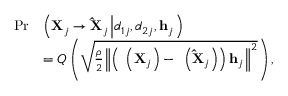
\begin{array} { r l } { \operatorname* { P r } } & { \left( { { { \bf { X } } _ { j } } \to { { { \bf { \hat { X } } } } _ { j } } \left| { { d _ { 1 j } } , { d _ { 2 j } } , { { \bf { h } } _ { j } } } \right. } \right) } \\ & { = Q \left( { \sqrt { \frac { \rho } { 2 } { { \left\| { \left( { { \bf { \Phi } } \left( { { { \bf { X } } _ { j } } } \right) - { \bf { \Phi } } \left( { { { { \bf { \hat { X } } } } _ { j } } } \right) } \right) { { \bf { h } } _ { j } } } \right\| } ^ { 2 } } } } \right) , } \end{array}